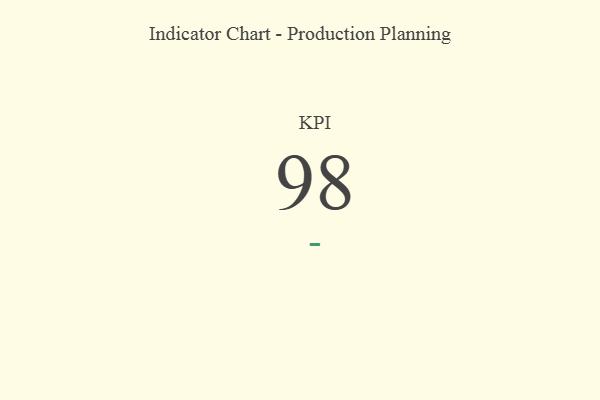
{"axis": {"x": "KPI", "y": "Value"}, "legend": [""], "data": [{"x": "KPI", "y": 98, "type": ""}]}